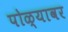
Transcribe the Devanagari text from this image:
पोळ्यावर